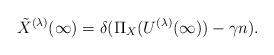
LaTeX: \begin{align*} \tilde X^{(\lambda)}(\infty) = \delta (\Pi_X(U^{(\lambda)}(\infty))-\gamma n).\end{align*}